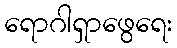
ရောဂါရှာဖွေရေး